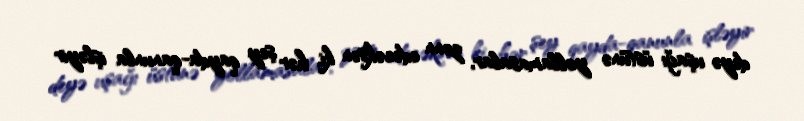
deyə uşağı üstünə yollamasalar, zənn edəcəksən ki, hər şey qayda-qanunla işləyir